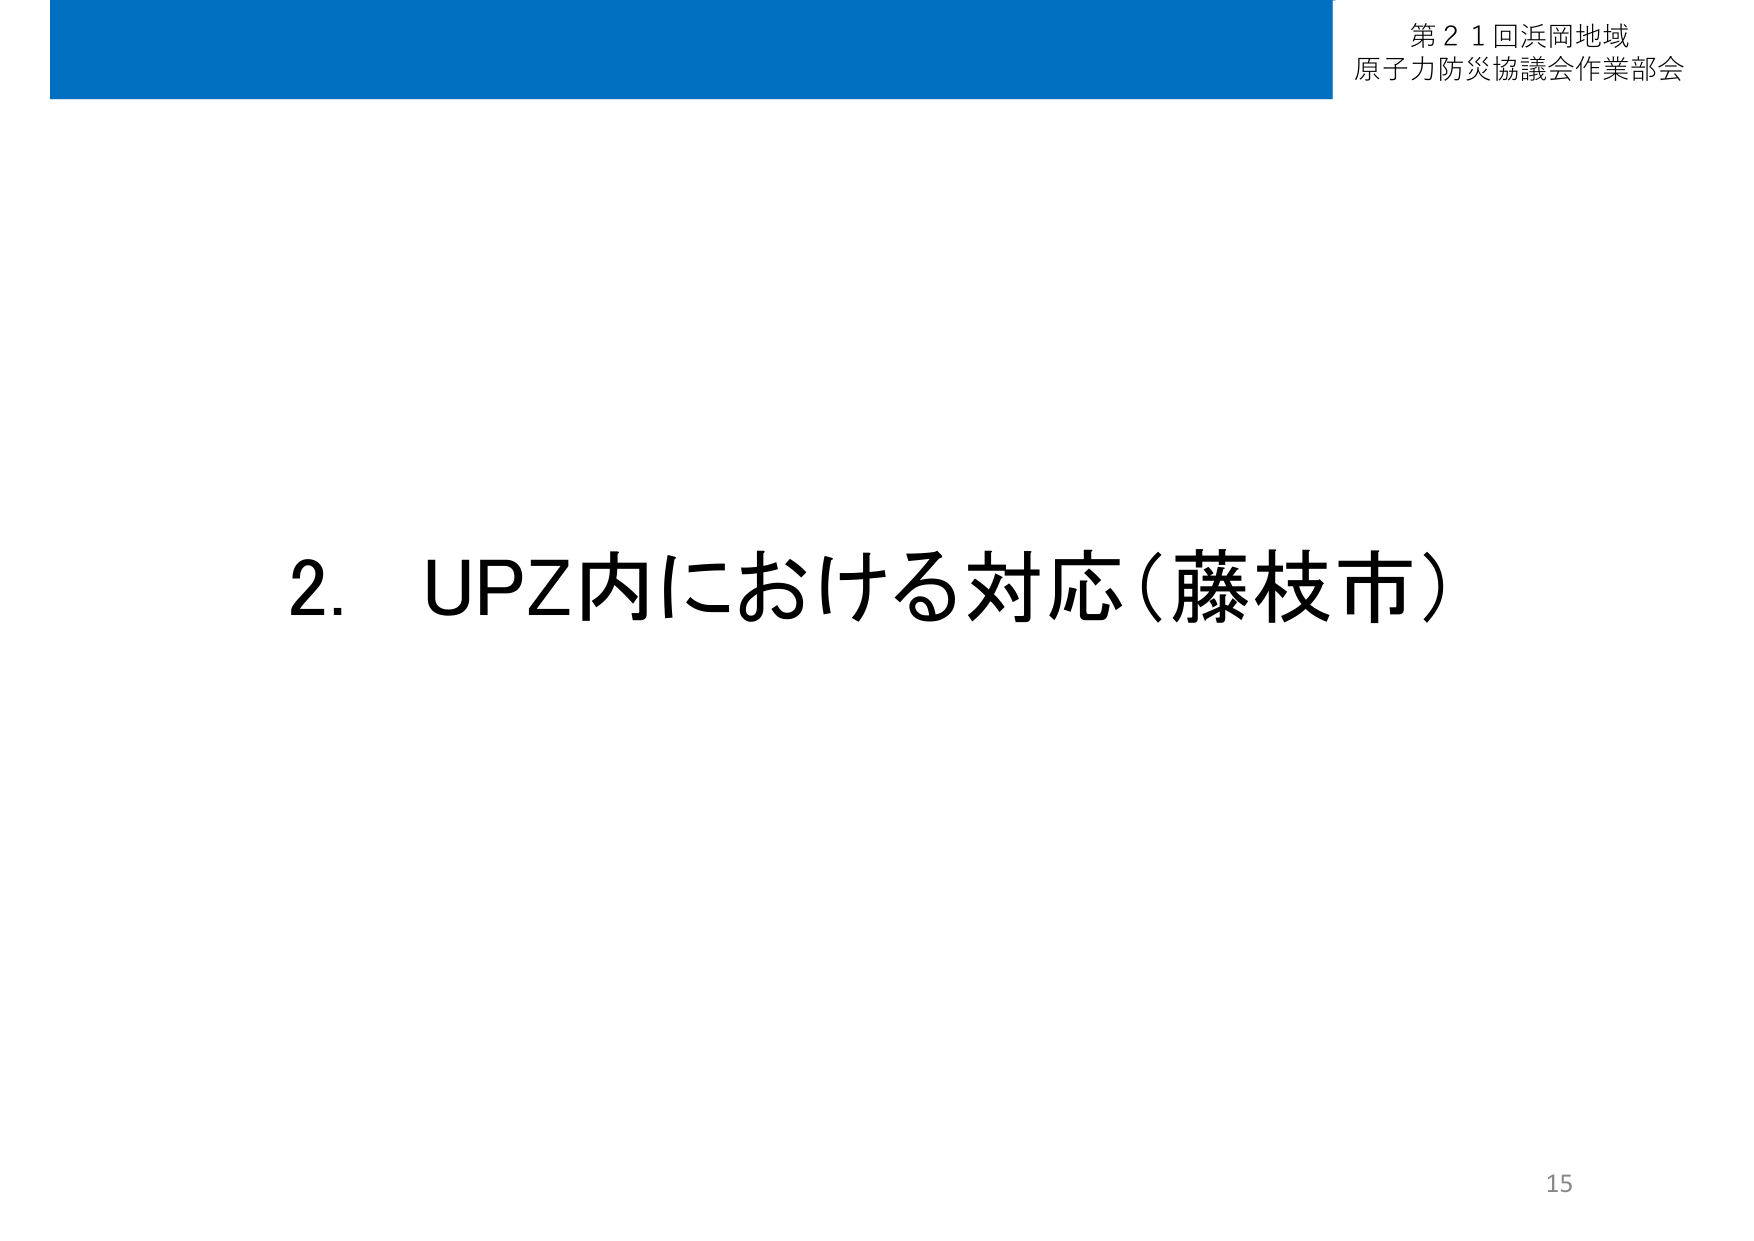
第21回浜岡地域
原子力防災協議会作業部会

2. UPZ内における対応（藤枝市）

15